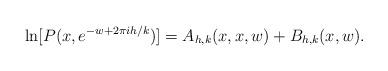
LaTeX: \begin{align*}\ln[ P( x, e^{ - w + 2 \pi i h/k} ) ]=A_{h,k}(x, x , w) + B_{ h, k}(x,w) .\end{align*}